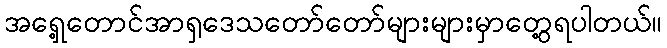
အရှေ့တောင်အာရှဒေသတော်တော်များများမှာတွေ့ရပါတယ်။